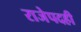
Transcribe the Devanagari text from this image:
राजेपदही